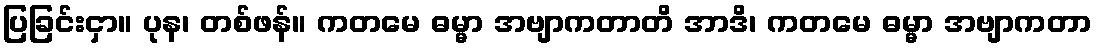
ပြခြင်းငှာ။ ပုန၊ တစ်ဖန်။ ကတမေ ဓမ္မာ အဗျာကတာတိ အာဒိ၊ ကတမေ ဓမ္မာ အဗျာကတာ